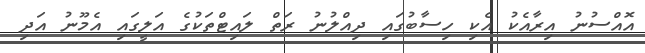
އޮއްސުނު އިރާއެކު އެކި ހިސާބުގައި ދިއްލުނު ރަތް ލައިޓްތަކުގެ އަލީގައި އެމޫނު އަދި